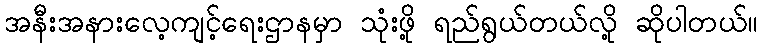
အနီးအနားလေ့ကျင့်ရေးဌာနမှာ သုံးဖို့ ရည်ရွယ်တယ်လို့ ဆိုပါတယ်။